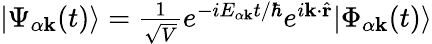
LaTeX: \begin{array}{r}{|\Psi_{\alpha\mathbf{k}}(t)\rangle=\frac{1}{\sqrt{V}}e^{-iE_{\alpha\mathbf{k}}t/\hbar}e^{i\mathbf{k}\cdot\hat{\mathbf{r}}}|\Phi_{\alpha\mathbf{k}}(t)\rangle}\end{array}